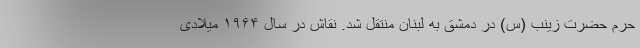
حرم حضرت زینب (س) در دمشق به لبنان منتقل شد. نقاش در سال ۱۹۶۴ میلادی